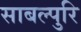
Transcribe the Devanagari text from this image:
साबल्पुरि